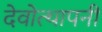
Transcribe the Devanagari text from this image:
देवोत्थापनी